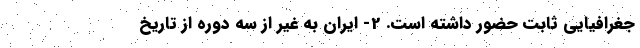
جغرافيايي ثابت حضور داشته است. 2- ايران به غير از سه دوره از تاريخ